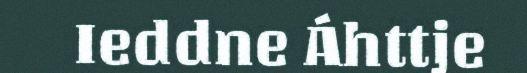
Ieddne Áhttje